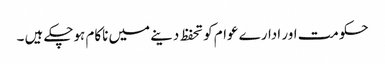
حکومت اور ادارے عوام کو تحفظ دینے میں ناکام ہوچکے ہیں ۔